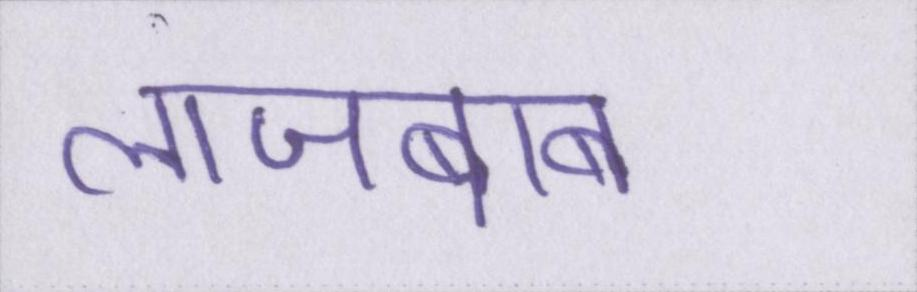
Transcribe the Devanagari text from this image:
लाजबाब